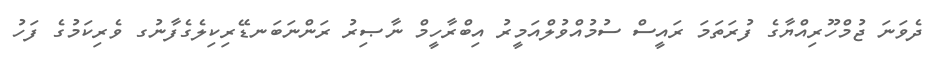
ދެވަނަ ޖުމްހޫރިއްޔާގެ ފުރަތަމަ ރައީސް ސުމުއްވުލްއަމީރު އިބްރާހީމް ނާޞިރު ރަންނަބަނޑޭރިކިލެގެފާނުގ ވެރިކަމުގެ ފަހު